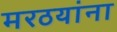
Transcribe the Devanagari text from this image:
मरठयांना